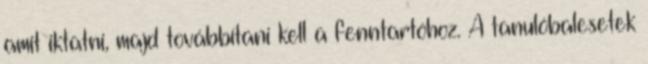
amit iktatni, majd továbbítani kell a fenntartóhoz. A tanulóbalesetek